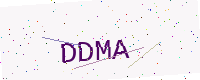
Text: DDMA